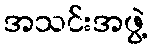
အသင်းအဖွဲ့